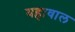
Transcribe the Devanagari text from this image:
यहावाल